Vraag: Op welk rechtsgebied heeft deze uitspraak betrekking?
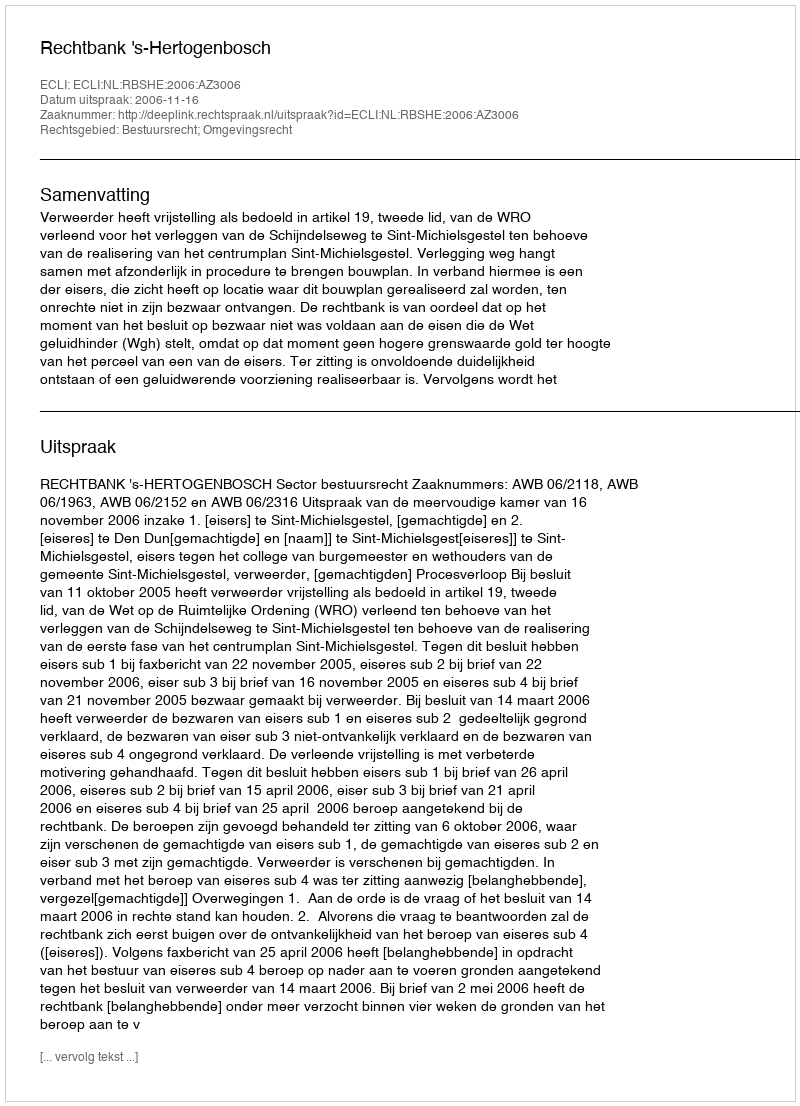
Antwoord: Bestuursrecht; Omgevingsrecht